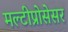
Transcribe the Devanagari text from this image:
मल्टीप्रोसेसर